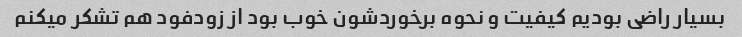
بسیار راضی بودیم کیفیت و نحوه برخوردشون خوب بود از زودفود هم تشکر میکنم